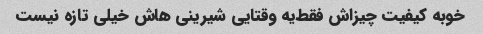
خوبه کیفیت چیزاش فقط‌یه وقتایی شیرینی هاش خیلی تازه نیست